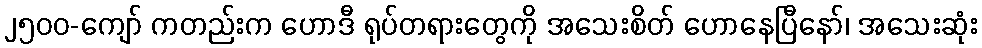
၂၅၀၀-ကျော် ကတည်းက ဟောဒီ ရုပ်တရားတွေကို အသေးစိတ် ဟောနေပြီနော်၊ အသေးဆုံး